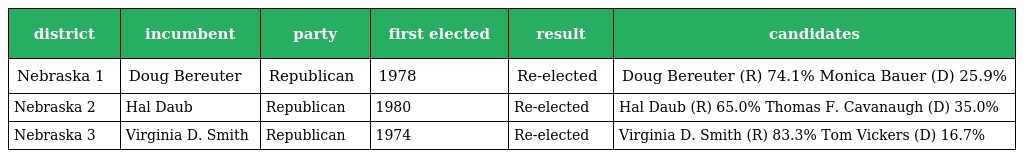
| district | incumbent | party | first elected | result | candidates |
 | --- | --- | --- | --- | --- | --- |
 | Nebraska 1 | Doug Bereuter | Republican | 1978 | Re-elected | Doug Bereuter (R) 74.1% Monica Bauer (D) 25.9% |
 | Nebraska 2 | Hal Daub | Republican | 1980 | Re-elected | Hal Daub (R) 65.0% Thomas F. Cavanaugh (D) 35.0% |
 | Nebraska 3 | Virginia D. Smith | Republican | 1974 | Re-elected | Virginia D. Smith (R) 83.3% Tom Vickers (D) 16.7% |